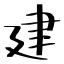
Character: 建